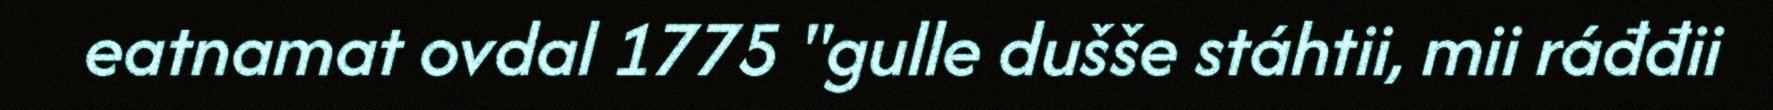
eatnamat ovdal 1775 "gulle dušše stáhtii, mii ráđđii